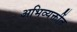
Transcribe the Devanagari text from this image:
अभिव्यक्तींत